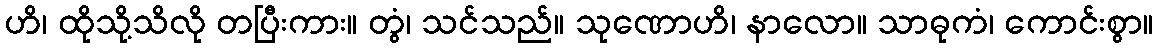
ဟိ၊ ထိုသို့သိလို တပြီးကား။ တွံ၊ သင်သည်။ သုဏောဟိ၊ နာလော။ သာဓုကံ၊ ကောင်းစွာ။